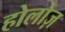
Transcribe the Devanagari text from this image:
होलोज़